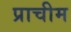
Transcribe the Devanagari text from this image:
प्राचीम